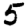
Digit: 5